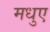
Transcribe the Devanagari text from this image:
मधुए